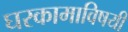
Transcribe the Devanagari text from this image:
घरकामाविषयी